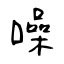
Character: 噪